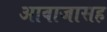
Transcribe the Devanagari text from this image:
आवाजासह